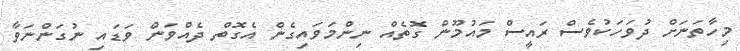
މިހާތަނަށް ދުވަހަކުވެސް ރައީސް މައުމޫން ގޮތެއް ނިންމަވައިގެން އެގޮތް ދެއްވަން ވަޑައި ނުގަންނަވާ